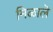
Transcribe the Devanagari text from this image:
मिळालॆ